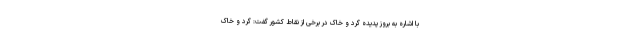
با اشاره به بروز پدیده گرد و خاک در برخی از نقاط کشور گفت: گرد و خاک